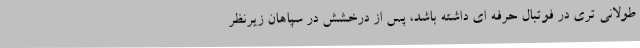
طولانی تری در فوتبال حرفه ای داشته باشد، پس از درخشش در سپاهان زیرنظر